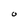
Character: O